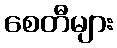
စေတီများ